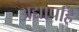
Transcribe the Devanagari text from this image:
अद्यापहि